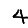
Digit: 4